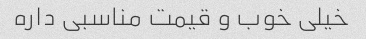
خیلی خوب و قیمت مناسبی داره